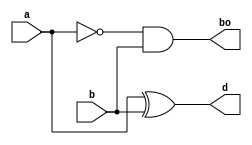
//20L152- SUMITHA R A
module halfsub(
    input a,b,
    output d,bo
    );
assign d=a^b;
assign bo=(~a)&b;
endmodule